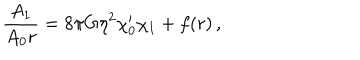
LaTeX: { \frac { A _ { 1 } } { A _ { 0 } r } } = 8 \pi G \eta ^ { 2 } \chi _ { 0 } ^ { \prime } \chi _ { 1 } + f ( r ) \, ,